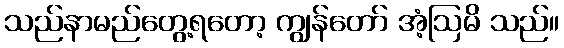
သည်နာမည်တွေ့ရတော့ ကျွန်တော် အံ့ဩမိ သည်။